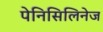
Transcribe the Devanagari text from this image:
पेनिसिलिनेज